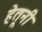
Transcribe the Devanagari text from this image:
हेतूनी